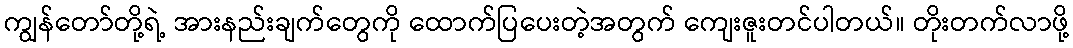
ကျွန်တော်တို့ရဲ့ အားနည်းချက်တွေကို ထောက်ပြပေးတဲ့အတွက် ကျေးဇူးတင်ပါတယ်။ တိုးတက်လာဖို့